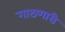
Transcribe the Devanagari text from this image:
गाठणारी